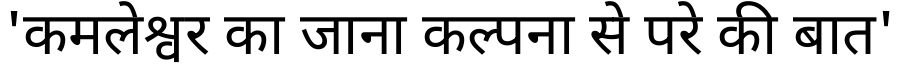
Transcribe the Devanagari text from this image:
'कमलेश्वर का जाना कल्पना से परे की बात'